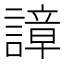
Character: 𧫱